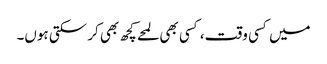
میں کسی وقت، کسی بھی لمحے کچھ بھی کر سکتی ہوں۔